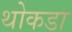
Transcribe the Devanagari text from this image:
थोकडा